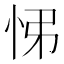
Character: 𢘘